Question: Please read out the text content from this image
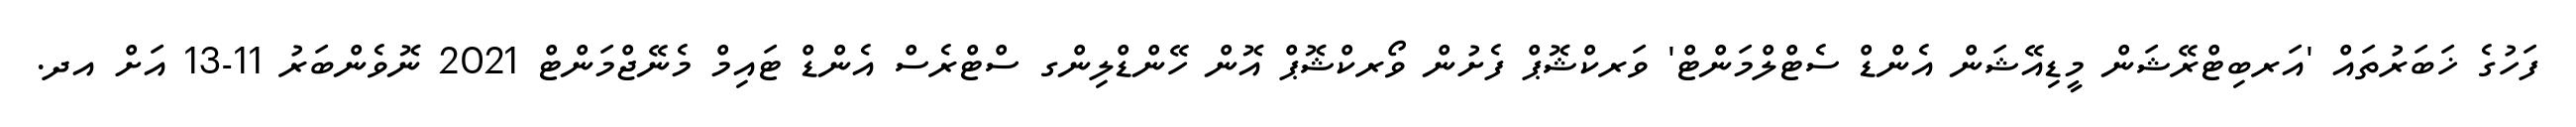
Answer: ފަހުގެ ޚަބަރުތައް 'އަރބިޓްރޭޝަން މީޑިއޭޝަން އެންޑް ސެޓްލްމަންޓް' ވަރކްޝޮޕް ފެށުން ވޯރކްޝޮޕް އޮން ހޭންޑްލިންގ ސްޓްރެސް އެންޑް ޓައިމް މެނޭޖްމަންޓް 2021 ނޮވެންބަރު 11-13 އަށް އދ.